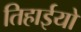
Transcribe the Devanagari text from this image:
तिहाईयों